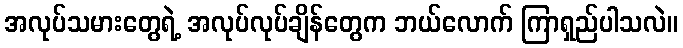
အလုပ်သမားတွေရဲ့ အလုပ်လုပ်ချိန်တွေက ဘယ်လောက် ကြာရှည်ပါသလဲ။